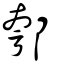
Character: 郀